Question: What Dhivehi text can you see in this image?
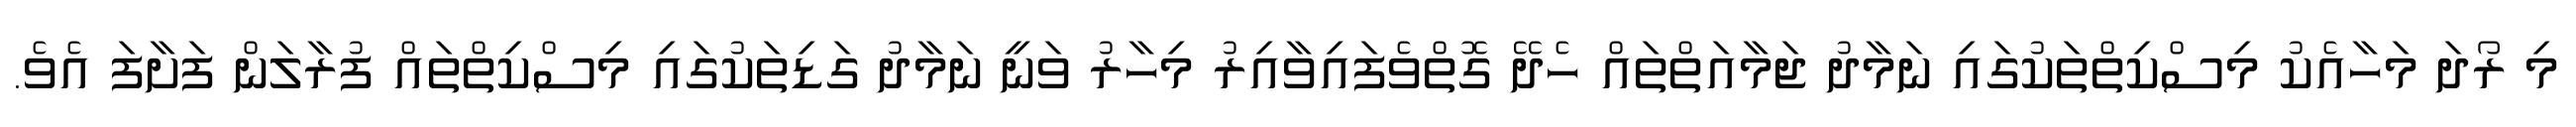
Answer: މި ރޯދަ މަހާއެކު މިސްކިތްތަކުގައި ނަމާދު ޖަމާއަތްތައް ހެދޭ ގޮތްވެފައިވާއިރު މިހާރު ވަނީ ނަމާދު ގަޑިތަކުގައި މިސްކިތްތައް ފުރާލަން ފަށާފަ އެވެ.